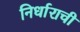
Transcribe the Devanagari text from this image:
निर्धाराची